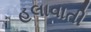
હલાવાતી